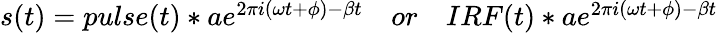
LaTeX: \begin{array}{r}{s(t)=pulse(t)*ae^{2\pi i(\omega t+\phi)-\beta t}\quad or\quad IRF(t)*ae^{2\pi i(\omega t+\phi)-\beta t}}\end{array}